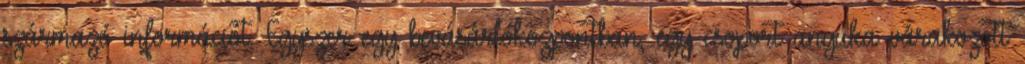
származó információt. Egyszer egy bevásárlóközpontban, egy csoport anyuka várakozott